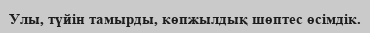
Улы, түйін тамырды, көпжылдық шөптес өсімдік.